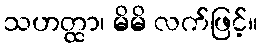
သဟတ္ထာ၊ မိမိ လက်ဖြင့်။